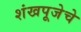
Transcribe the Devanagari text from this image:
शंखपूजेचे